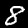
Digit: 8